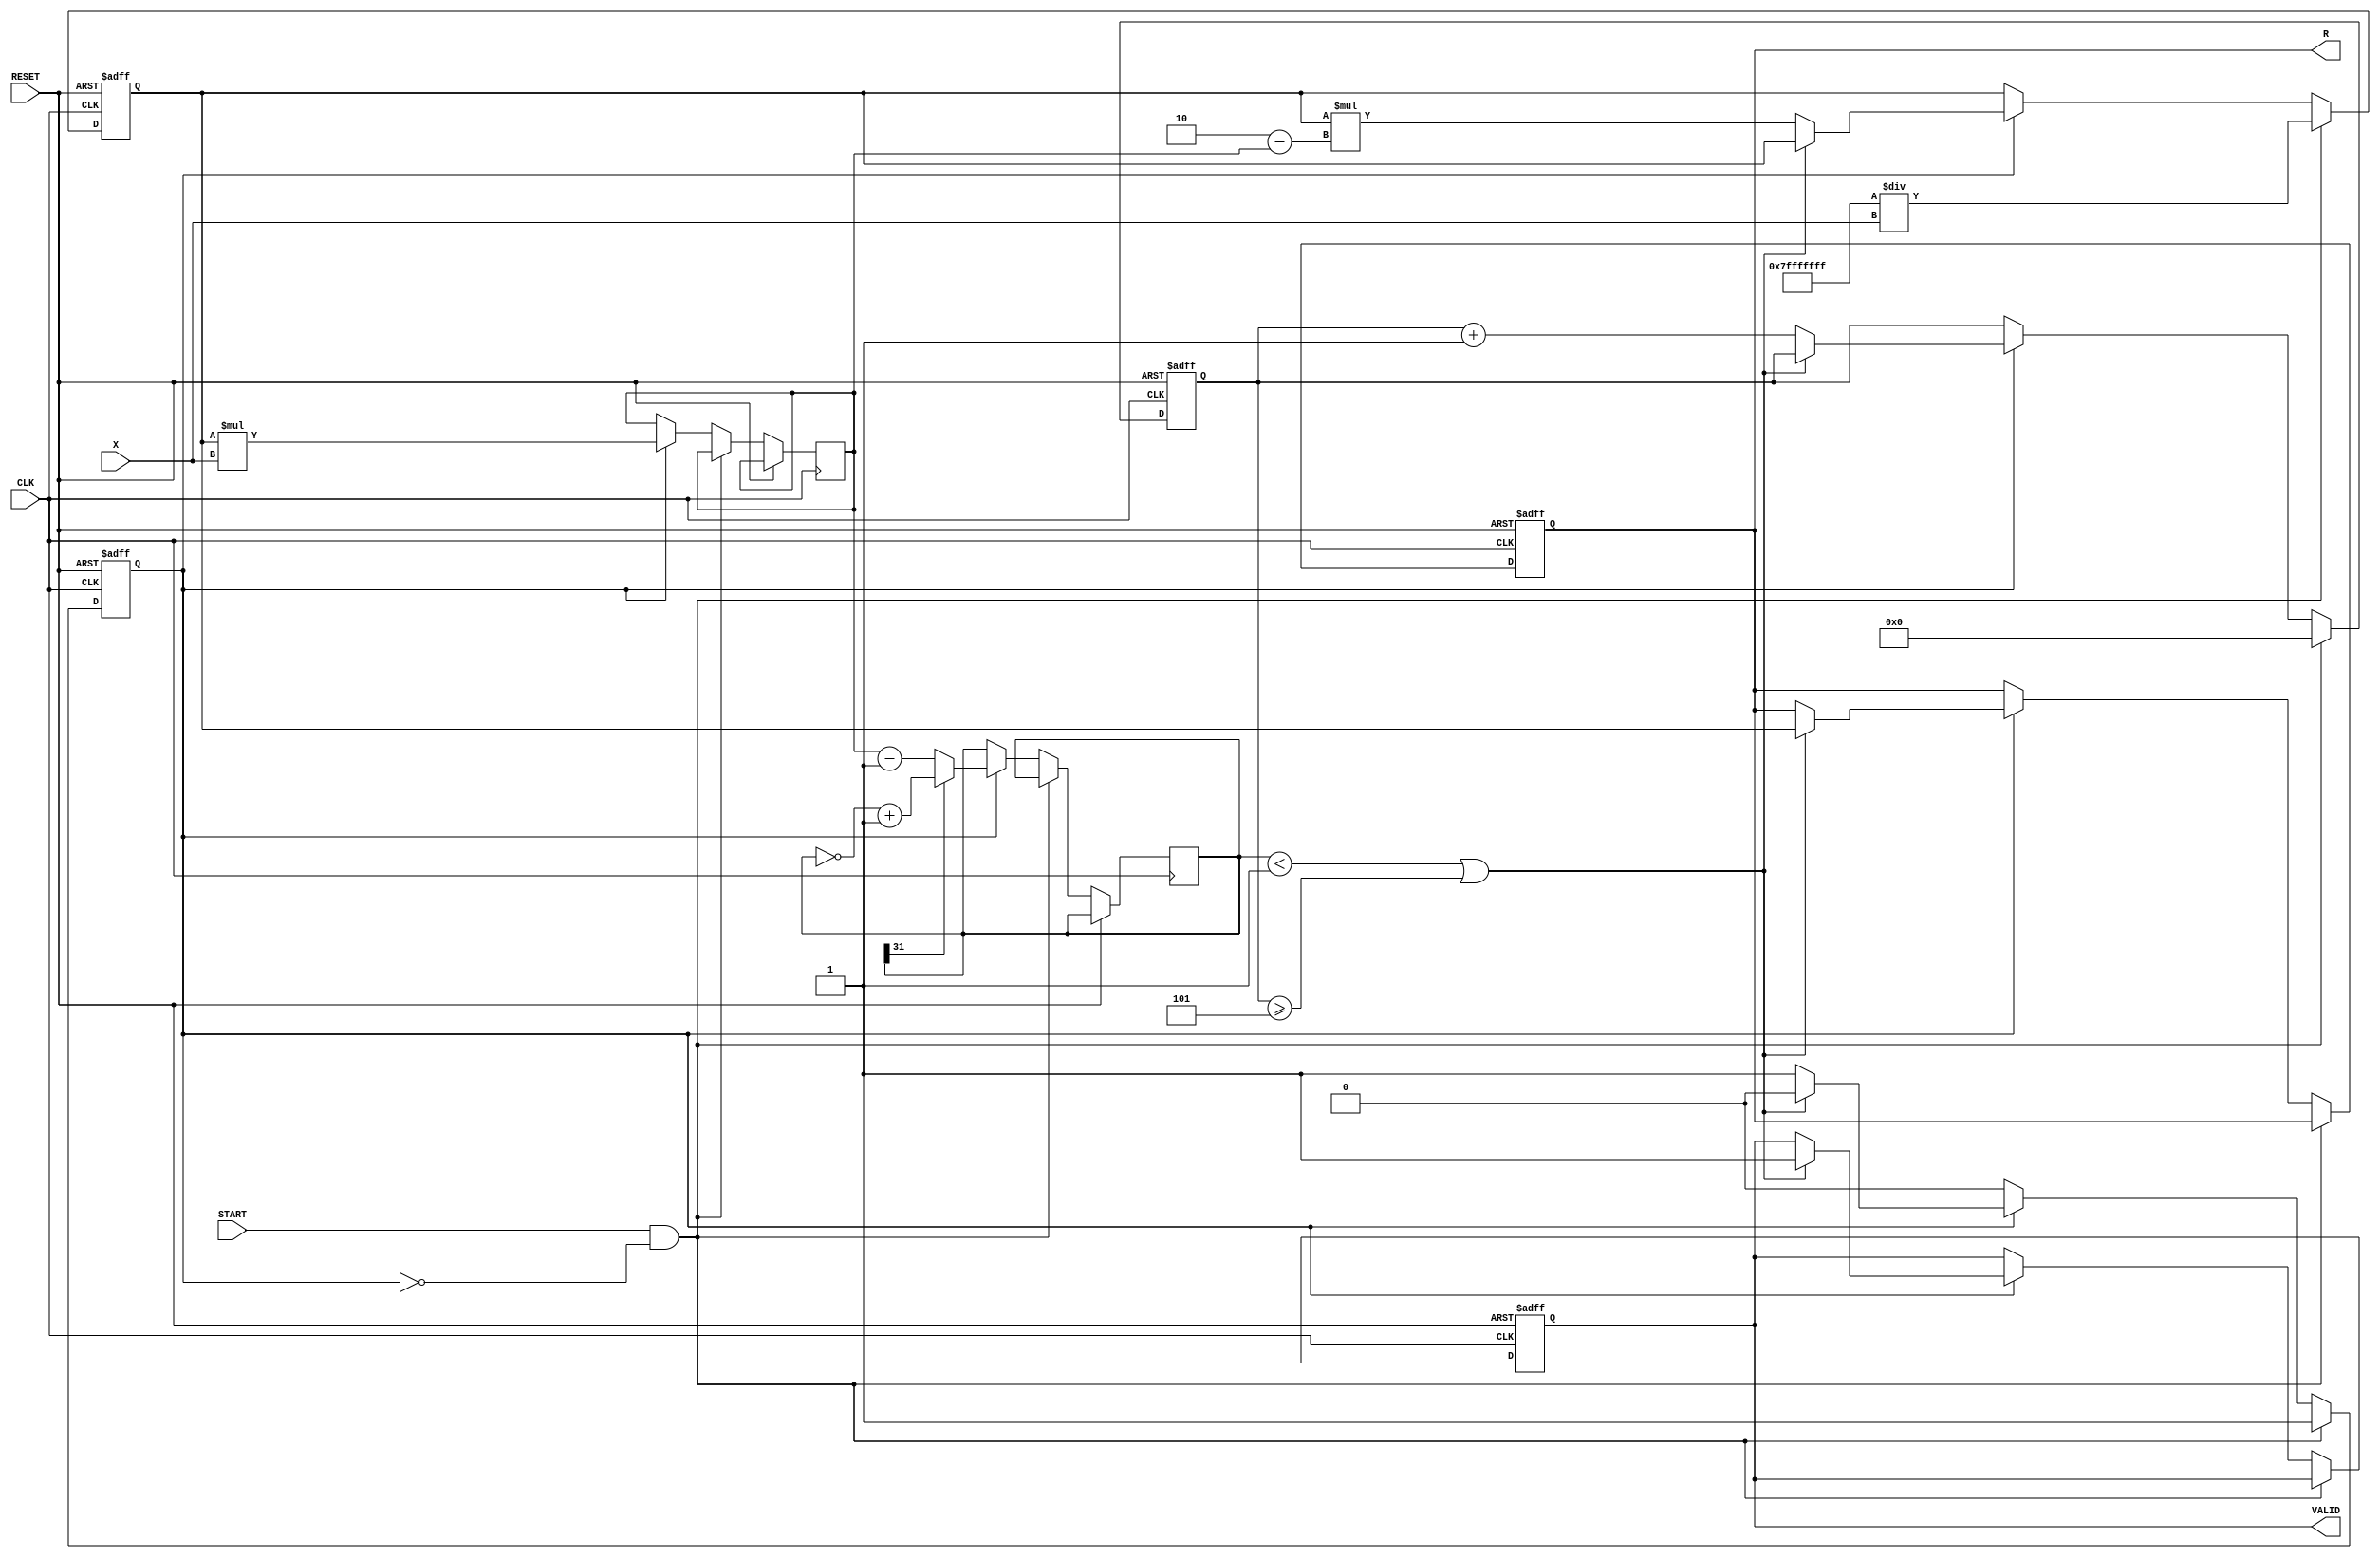
module iterative_reciprocal (
    input wire [31:0] X,          // Input value (Q1.31 format)
    input wire START,             // Start signal
    input wire CLK,               // Clock signal
    input wire RESET,             // Asynchronous reset
    output reg [31:0] R,          // Reciprocal result (Q1.31 format)
    output reg VALID              // Valid signal
);

    reg [31:0] approx;            // Current approximation of the reciprocal
    reg [4:0] iteration_count;     // Counter for iterations
    reg [31:0] multiplier_result;  // Result of multiplication
    reg [31:0] difference;         // Difference for convergence check
    reg calculating;               // State flag for calculating

    // Constants
    localparam MAX_ITERATIONS = 5; // Maximum number of iterations
    localparam THRESHOLD = 32'h00000001; // Convergence threshold (adjust as needed)

    // Initial approximation for Newton-Raphson: approx = 1 / X (using a known approximation)
    initial begin
        approx = 32'h00000000; // Initialize to 0
        R = 32'h00000000;      // Initialize result to 0
        VALID = 1'b0;         // Initialize valid signal to low
        iteration_count = 5'd0; // Initialize iteration count
        calculating = 1'b0;    // Initialize calculating state
    end

    always @(posedge CLK or posedge RESET) begin
        if (RESET) begin
            approx <= 32'h00000000;
            R <= 32'h00000000;
            VALID <= 1'b0;
            iteration_count <= 5'd0;
            calculating <= 1'b0;
        end else if (START && !calculating) begin
            // Start the calculation
            approx <= 32'h7FFFFFFF / X; // Initial guess (1/X approximation)
            iteration_count <= 5'd0;
            calculating <= 1'b1;
        end else if (calculating) begin
            // Perform the iterative process
            multiplier_result <= approx * X; // Multiply current approximation by X
            difference <= multiplier_result - 32'h00000001; // Calculate difference from 1

            // Check for convergence
            if (difference[31]) begin
                // If difference is negative, take absolute value
                difference <= ~difference + 1;
            end
            
            if (difference < THRESHOLD || iteration_count >= MAX_ITERATIONS) begin
                // If converged or max iterations reached
                R <= approx; // Store result
                VALID <= 1'b1; // Set valid signal
                calculating <= 1'b0; // Stop calculating
            end else begin
                // Update approximation using Newton-Raphson formula
                approx <= approx * (32'h00000002 - multiplier_result); // approx = approx * (2 - X * approx)
                iteration_count <= iteration_count + 1; // Increment iteration count
            end
        end
    end

endmodule